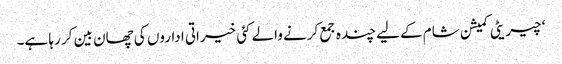
‘ چیریٹی کمیشن شام کے لیے چندہ جمع کرنے والے کئی خیراتی اداروں کی چھان بین کر رہا ہے۔